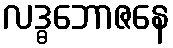
လဒ္ဓဘောဇနေ